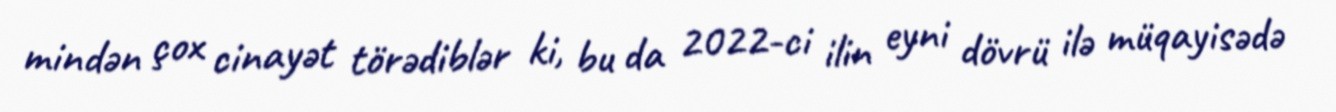
mindən çox cinayət törədiblər ki, bu da 2022-ci ilin eyni dövrü ilə müqayisədə